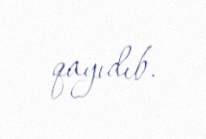
qayıdıb.